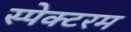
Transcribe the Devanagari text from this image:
स्पेक्टरम